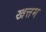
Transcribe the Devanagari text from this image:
खत्तम